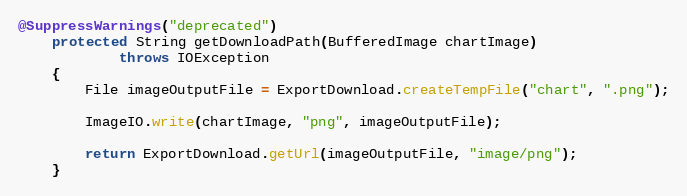
Language: Java
@SuppressWarnings("deprecated")
	protected String getDownloadPath(BufferedImage chartImage)
			throws IOException
	{
		File imageOutputFile = ExportDownload.createTempFile("chart", ".png");

		ImageIO.write(chartImage, "png", imageOutputFile);

		return ExportDownload.getUrl(imageOutputFile, "image/png");
	}